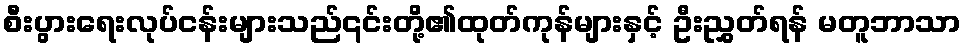
စီးပွားရေးလုပ်ငန်းများသည်၎င်းတို့၏ထုတ်ကုန်များနှင့် ဦးညွှတ်ရန် မတူဘာသာ